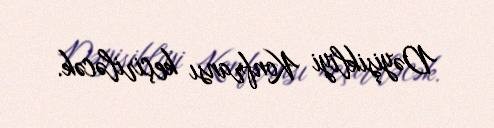
Dəyişikliyi Konfransı keçiriləcək.